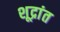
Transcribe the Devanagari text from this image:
शूद्रांत